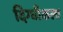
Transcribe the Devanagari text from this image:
दिग्घीकला